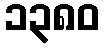
၁၃၈၀